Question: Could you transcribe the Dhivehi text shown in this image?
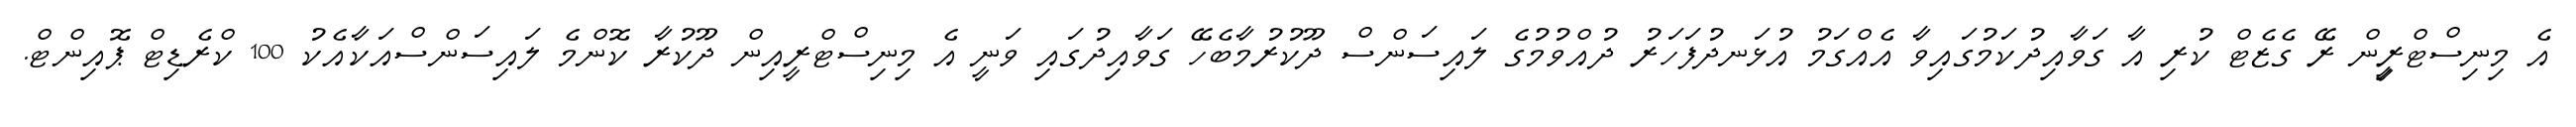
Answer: އެ މިނިސްޓްރީިން ރޭ ގެޒެޓް ކުރި އާ ގަވާއިދުކަމުގައިވާ އެއްގަމު އުޅަނދުފަހަރު ދުއްވުމުގެ ލައިސަންސް ދޫކުރުމާބެހޭ ގަވާއިދުގައި ވަނީ އެ މިނިސްޓްރީއިން ދޫކުރާ ކޮންމެ ލައިސަންސްއަކާއެކު 100 ކްރެޑިޓް ޕޮއިންޓް.